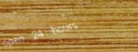
open 24 hours